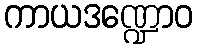
ကာယဒဏ္ဍောဝ